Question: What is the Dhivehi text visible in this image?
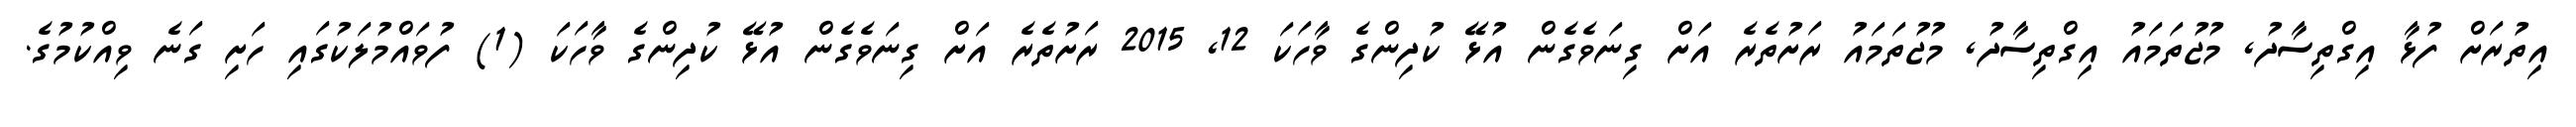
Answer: އިތުރަށް ފުޅާ އިގްތިސާދު, މުޖުތަމައު އިގްތިސާދު, މުޖުތަމައު ރަށުތެރެ އަށް ގިނަވެގެން އުޅޭ ކުދިންގެ ވާހަކަ 12, 2015 ރަށުތެރެ އަށް ގިނަވެގެން އުޅޭ ކުދިންގެ ވާހަކަ (1) ފުވައްމުލަކުގައި ހަށި ގަނެ ވިއްކުމުގެ.